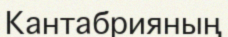
Кантабрияның